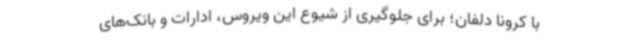
با کرونا دلفان؛ برای جلوگیری از شیوع این ویروس، ادارات و بانک‌های